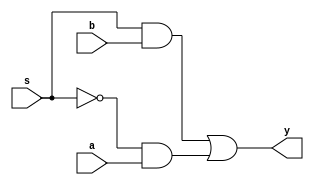
//mux 2 to 1 gate level
module mux2g(output y, input a,b,s);
wire w1,w2,Snot;
not(Snot,s);
and (w1,s,b),(w2,Snot,a);
or(y,w1,w2);
endmodule

//mux 2 to 1 data flow model
module mux2d(output y,input a,b,s);
assign y = (~s & a) | (s & b);
endmodule